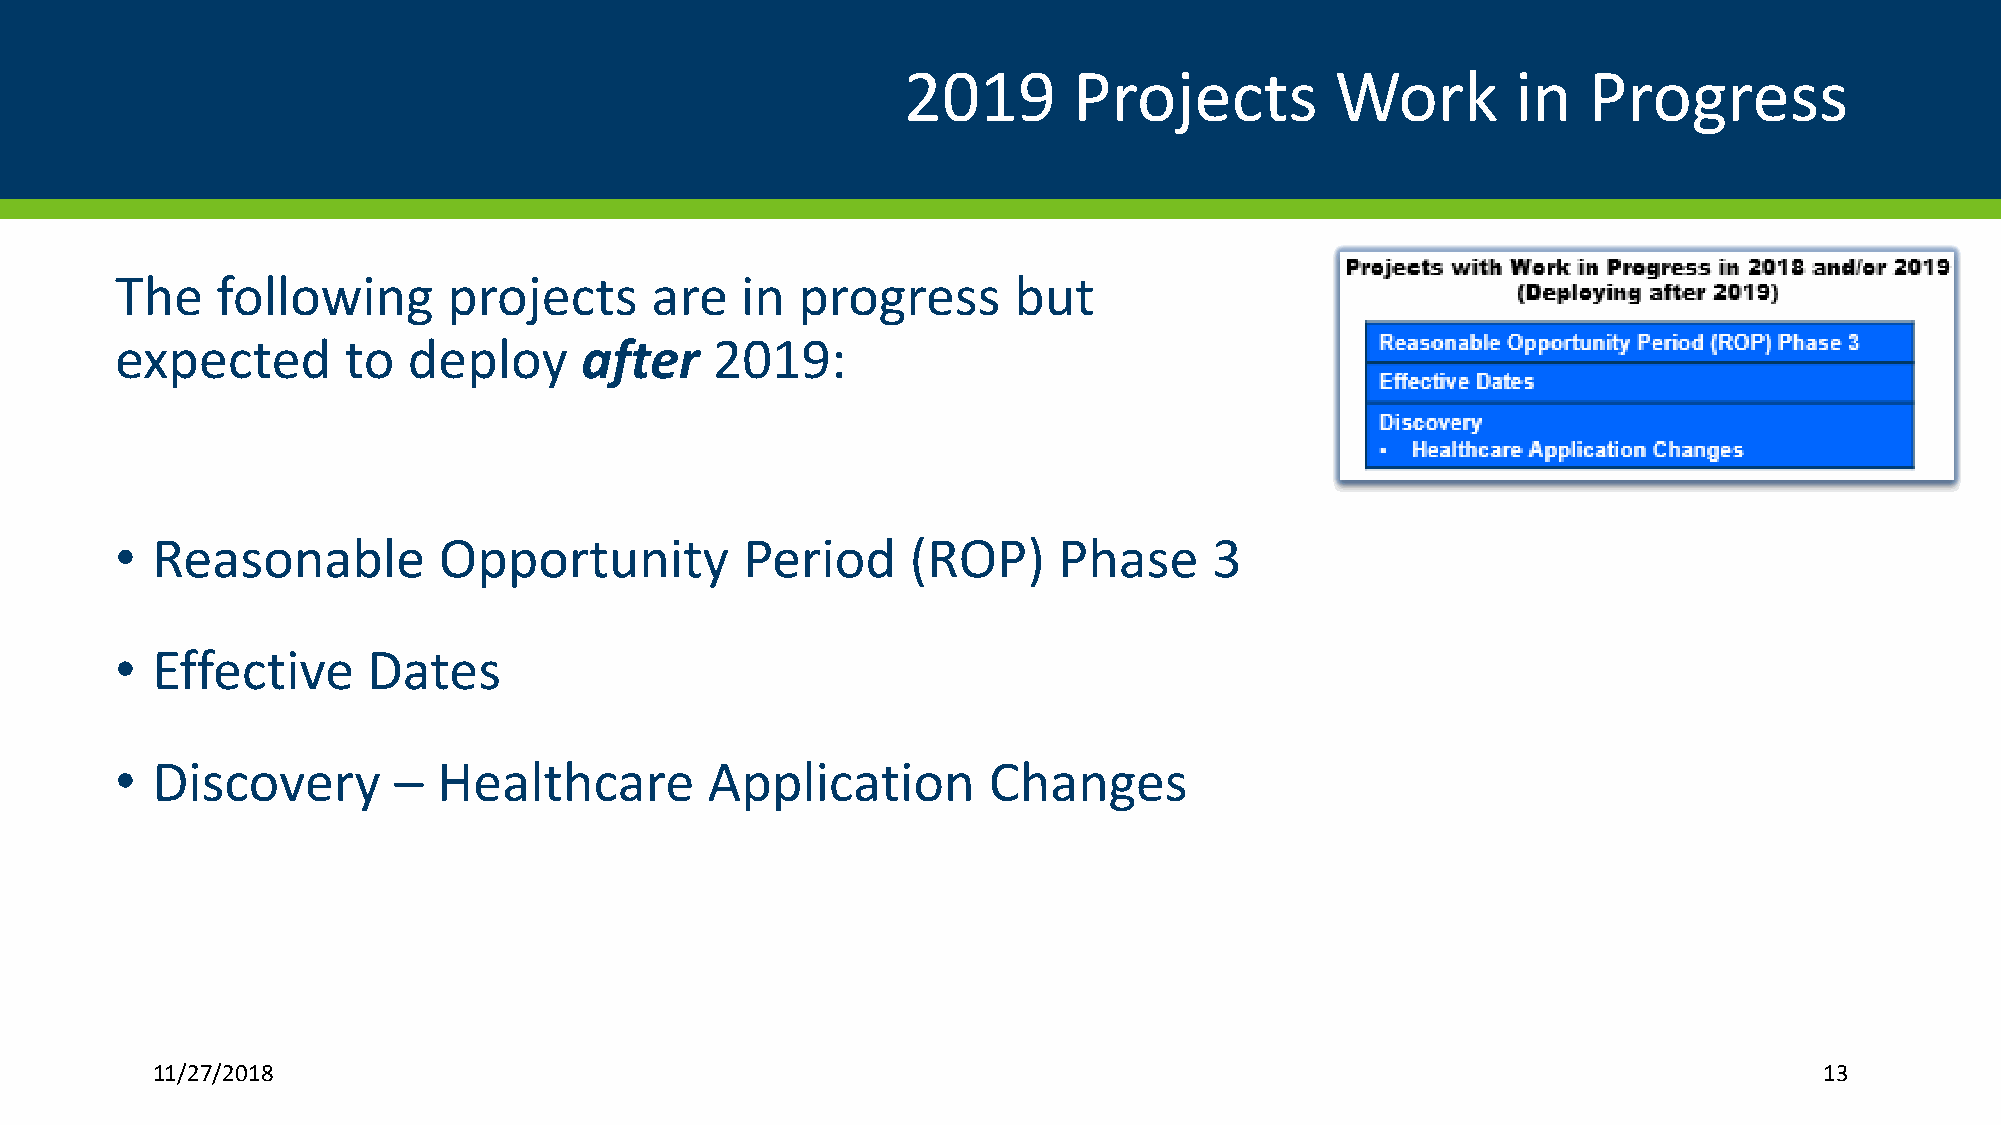
2019       Projects         Work        in   Progress
 The   following       projects     are   in  progress      but
 expected       to  deploy     after    2019:
 • Reasonable         Opportunity         Period     (ROP)     Phase     3
 • Effective     Dates
 • Discovery       –  Healthcare        Application       Changes
 11/27/2018                                                                                                     13